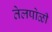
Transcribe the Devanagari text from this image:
तेलपोळी